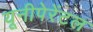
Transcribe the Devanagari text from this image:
यूनीपेरेंटल